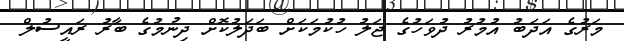
މަރުގެ އަދަބު އުމުރު ދުވަހުގެ ޖަލު ހުކުމަކަށް ބަދަލުކޮށް ދިނުމުގެ ބާރު ރައީސުލް